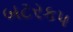
બટરકપ